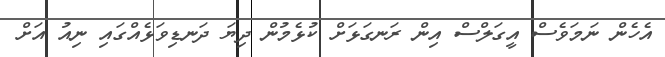
އެހެން ނަމަވެސް އީގަލްސް އިން ރަނގަޅަށް ކުޅެމުން ދިޔަ ދަނޑިވަޅެއްގައި ނިއު އަށް